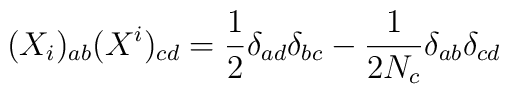
(X_i)_{ab}(X^i)_{cd}=\frac{1}{2}\delta_{ad}\delta_{bc}-\frac{1}{2N_c}\delta_{ab}\delta_{cd}